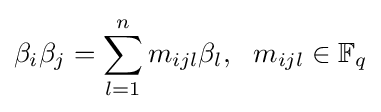
\beta _{i}\beta _{j}=\sum _{l=1}^{n}m_{ijl}\beta _{l},\ \ m_{ijl}\in \mathbb {F} _{q}